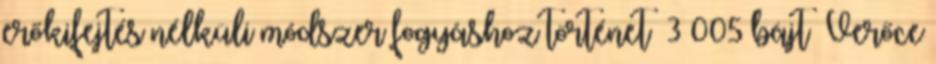
erőkifejtés nélküli módszer fogyáshoz történet ‎ 3 005 bájt ‎Verőce